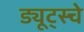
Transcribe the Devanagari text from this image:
ड्यूट्स्चे